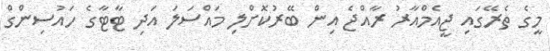
މީގެ ތެރޭގައި ޖީއެމްއާރު ރާއްޖެ އިން ބޭރުކޮށްލި މައްސަލަ އަދި ޓާޓާގެ ހައުސިންގް